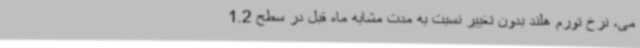
می، ‌نرخ تورم هلند بدون تغییر نسبت به مدت مشابه ماه قبل در سطح 1.2